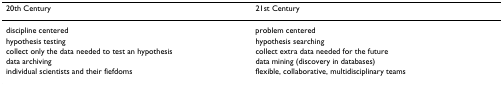
<table><thead><tr><td><b>20th Century</b></td><td><b>21st Century</b></td></tr></thead><tbody><tr><td>discipline centered</td><td>problem centered</td></tr><tr><td>hypothesis testing</td><td>hypothesis searching</td></tr><tr><td>collect only the data needed to test an hypothesis</td><td>collect extra data needed for the future</td></tr><tr><td>data archiving</td><td>data mining (discovery in databases)</td></tr><tr><td>individual scientists and their fiefdoms</td><td>flexible, collaborative, multidisciplinary teams</td></tr></tbody></table>